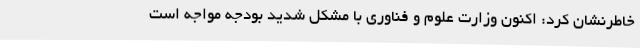
خاطرنشان کرد: اکنون وزارت علوم و فناوری با مشکل شدید بودجه مواجه است